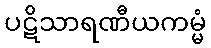
ပဋိသာရဏီယကမ္မံ